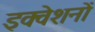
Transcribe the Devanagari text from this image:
इक्वेशनों